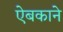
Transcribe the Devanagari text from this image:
ऐबकाने